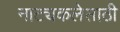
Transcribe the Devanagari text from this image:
नाट्यकलेसाठी